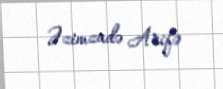
Əzimzadə Arifə